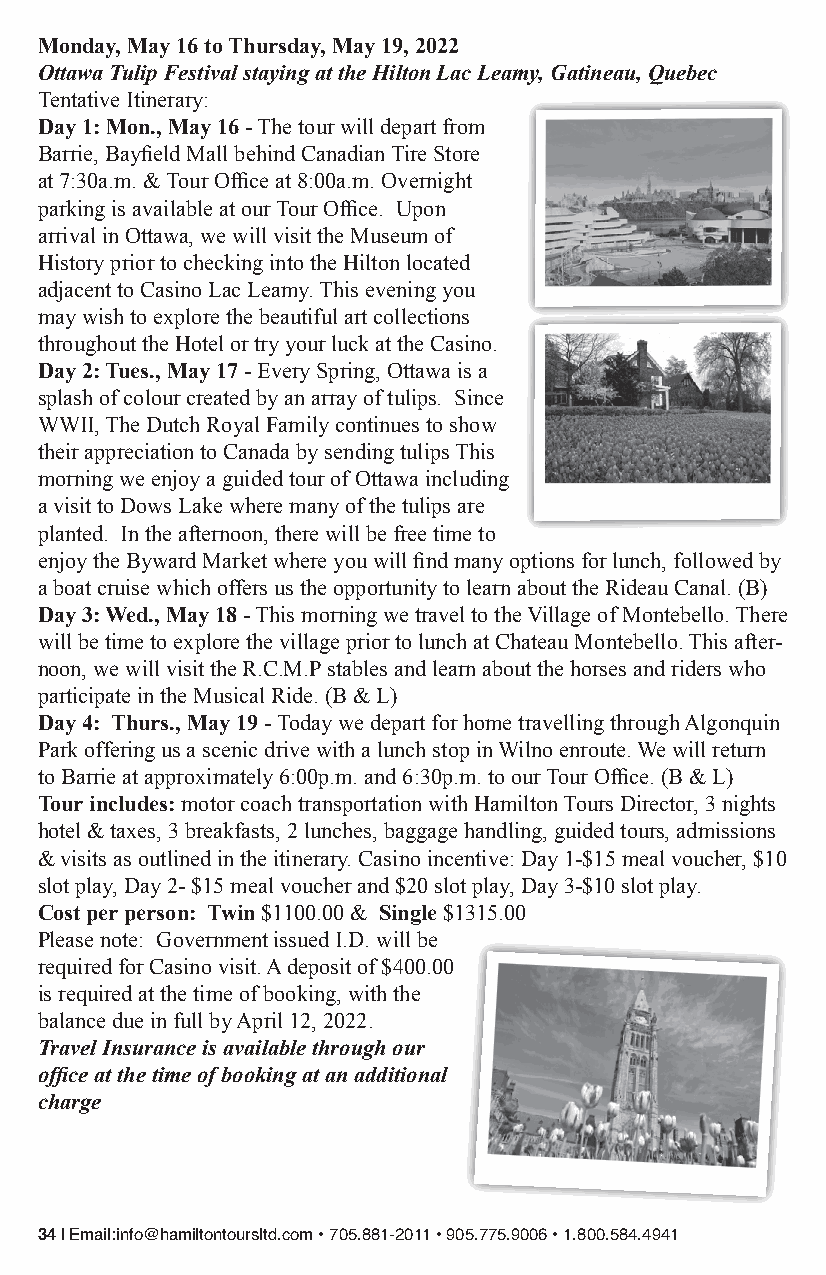
Monday, May 16 to Thursday, May 19, 2022
 Ottawa Tulip Festival staying at the Hilton Lac Leamy, Gatineau, Quebec
 Tentative Itinerary:
 Day 1: Mon., May 16 - The tour will depart from
 Barrie, Bayfield Mall behind Canadian Tire Store
 at 7:30a.m. & Tour Office at 8:00a.m. Overnight
 parking is available at our Tour Office. Upon
 arrival in Ottawa, we will visit the Museum of
 History prior to checking into the Hilton located
 adjacent to Casino Lac Leamy. This evening you
 may wish to explore the beautiful art collections
 throughout the Hotel or try your luck at the Casino.
 Day 2: Tues., May 17 - Every Spring, Ottawa is a
 splash of colour created by an array of tulips. Since
 WWII, The Dutch Royal Family continues to show
 their appreciation to Canada by sending tulips This
 morning we enjoy a guided tour of Ottawa including
 a visit to Dows Lake where many of the tulips are
 planted. In the afternoon, there will be free time to
 enjoy the Byward Market where you will find many options for lunch, followed by
 a boat cruise which offers us the opportunity to learn about the Rideau Canal. (B)
 Day 3: Wed., May 18 - This morning we travel to the Village of Montebello. There
 will be time to explore the village prior to lunch at Chateau Montebello. This after-
 noon, we will visit the R.C.M.P stables and learn about the horses and riders who
 participate in the Musical Ride. (B & L)
 Day 4: Thurs., May 19 - Today we depart for home travelling through Algonquin
 Park offering us a scenic drive with a lunch stop in Wilno enroute. We will return
 to Barrie at approximately 6:00p.m. and 6:30p.m. to our Tour Office. (B & L)
 Tour includes: motor coach transportation with Hamilton Tours Director, 3 nights
 hotel & taxes, 3 breakfasts, 2 lunches, baggage handling, guided tours, admissions
 & visits as outlined in the itinerary. Casino incentive: Day 1-$15 meal voucher, $10
 slot play, Day 2- $15 meal voucher and $20 slot play, Day 3-$10 slot play.
 Cost per person: Twin $1100.00 & Single $1315.00
 Please note: Government issued I.D. will be
 required for Casino visit. A deposit of $400.00
 is required at the time of booking, with the
 balance due in full by April 12, 2022.
 Travel Insurance is available through our
 office at the time of booking at an additional
 charge
 34 | Email:info@hamiltontoursltd.com • 705.881-2011 • 905.775.9006 • 1.800.584.4941